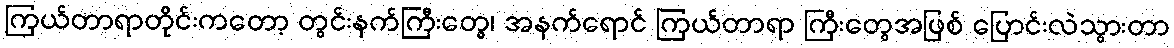
ကြယ်တာရာတိုင်းကတော့ တွင်းနက်ကြီးတွေ၊ အနက်ရောင် ကြယ်တာရာ ကြီးတွေအဖြစ် ပြောင်းလဲသွားတာ